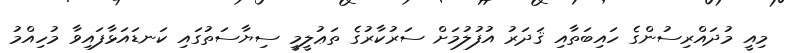
މިއީ މުދައްރިސުންގެ ހައިބަތާއި ޤަދަރު އުފުލުމަށް ސަރުކާރުގެ ތަޢުލީމީ ސިޔާސަތުގައި ކަނޑައަޅާފައިވާ މުހިއްމު